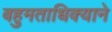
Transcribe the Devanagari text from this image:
बहुमताधिक्याने